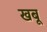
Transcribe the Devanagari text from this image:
खबू